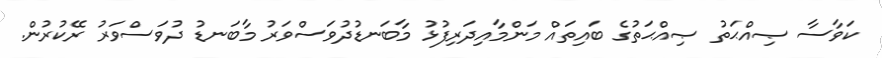
ކަވާސާ ޞިއްޙަތު ޞިއްޙަތުގެ ބައިތައް މަންމާއިދަރިފުޅު މާބަނޑުދުވަސްވަރު މާބަނޑު ދުވަސްވަރު ރޭކުރުން.